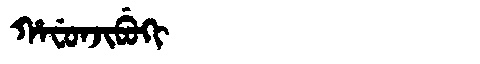
Manchu: ᡥᠠᠸᡠᠨᠵᡳᠪᡠᡴᡳ
Romanization: HAFUNJIBUKI